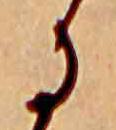
に